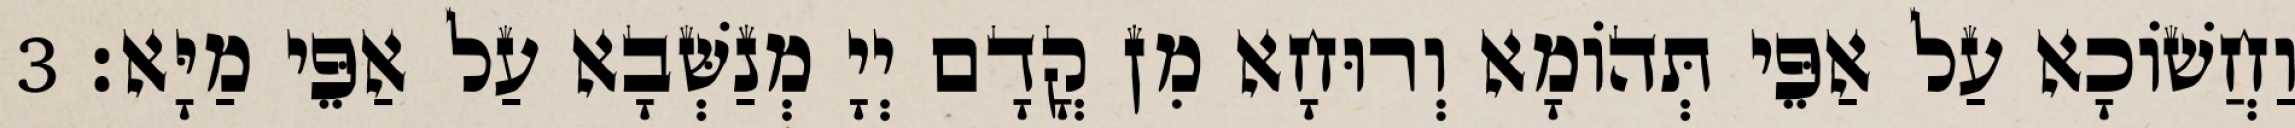
וַחֲשׁוֹכָא עַל אַפֵּי תְּהוֹמָא וְרוּחָא מִן קֳדָם יְיָ מְנַשְּׁבָא עַל אַפֵּי מַיָּא׃ 3